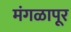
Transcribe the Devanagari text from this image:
मंगळापूर